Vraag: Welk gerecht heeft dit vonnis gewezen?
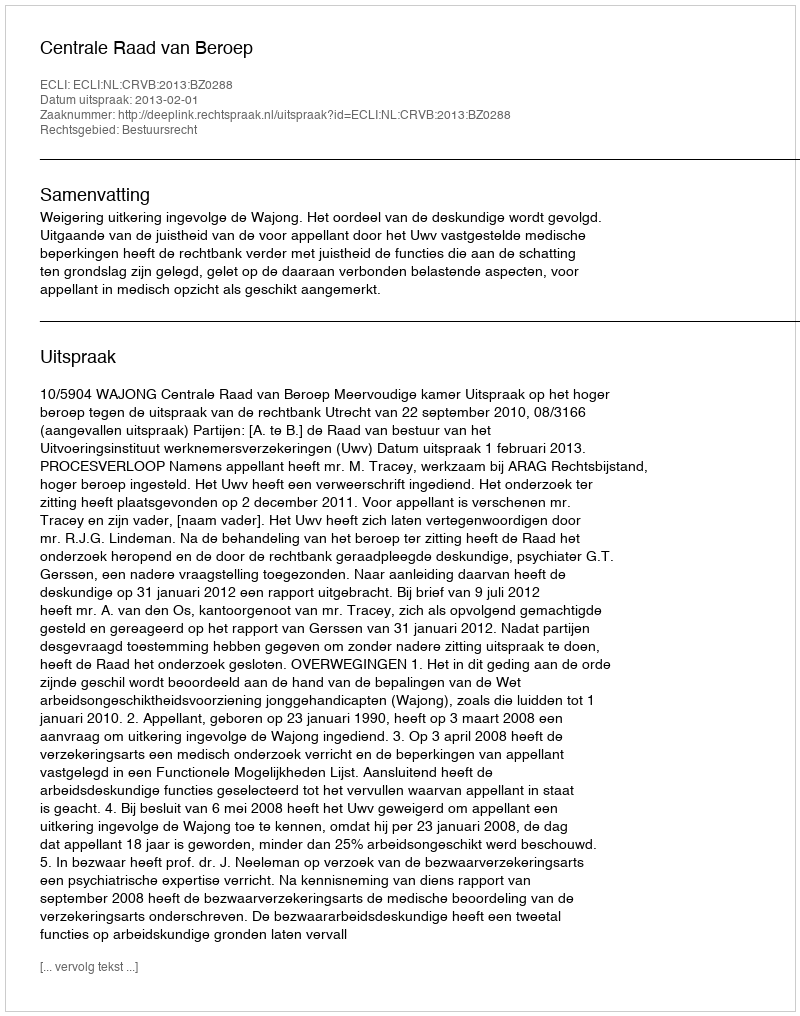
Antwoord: Centrale Raad van Beroep